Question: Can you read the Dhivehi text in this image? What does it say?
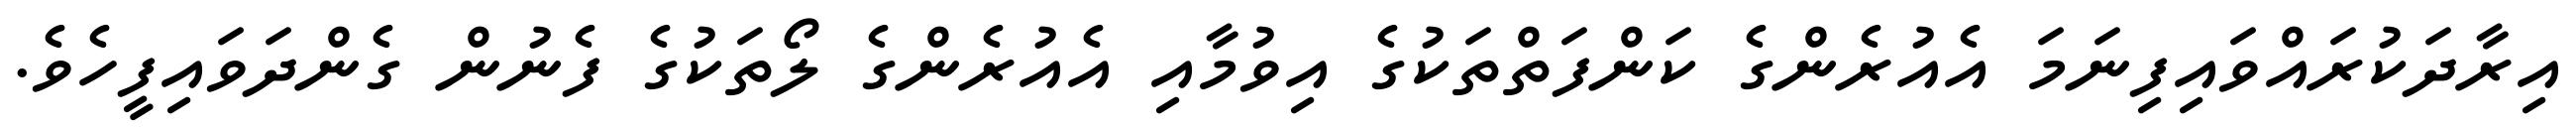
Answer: އިރާދަކުރައްވައިފިނަމަ އެއުރެންގެ ކަންފަތްތަކުގެ އިވުމާއި އެއުރެންގެ ލޯތަކުގެ ފެނުން ގެންދަވައިފީހެވެ.